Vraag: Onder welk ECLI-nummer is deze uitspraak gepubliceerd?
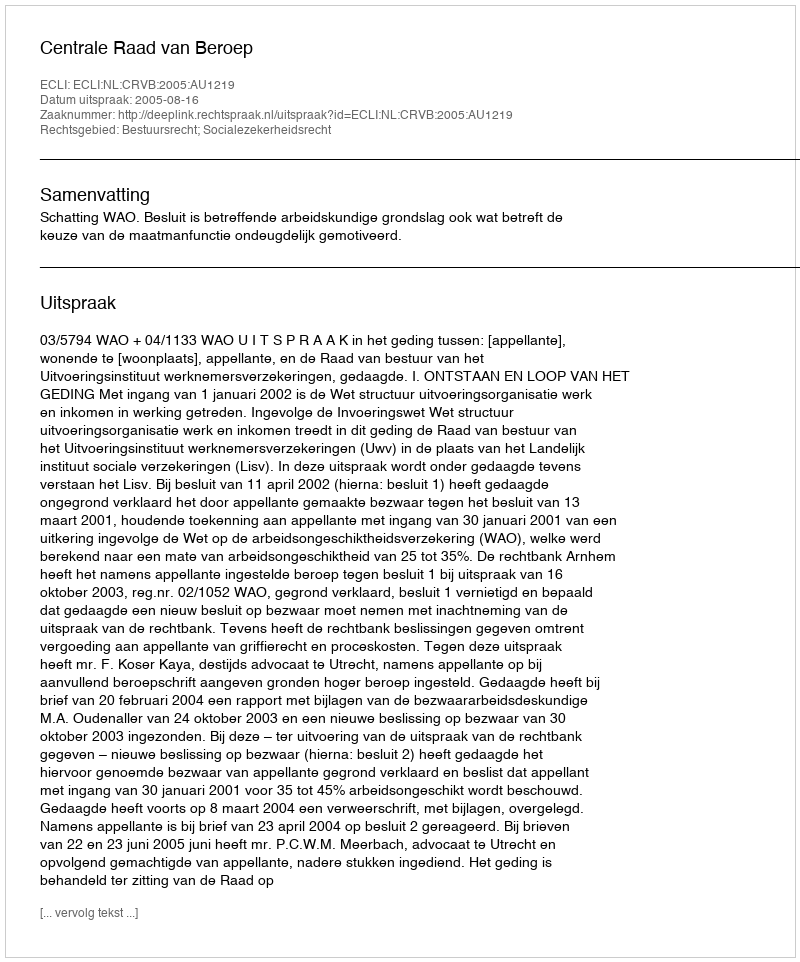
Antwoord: ECLI:NL:CRVB:2005:AU1219